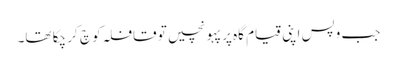
جب وپس اپنی قیام گاہ پر پہو نچیں تو قافلہ کو چ کر چکا تھا۔